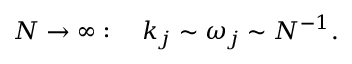
N \to \infty : \quad k _ { j } \sim \omega _ { j } \sim N ^ { - 1 } .